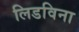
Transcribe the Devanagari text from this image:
लिडविना